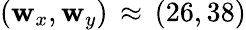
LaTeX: (\mathbf{w}_{x},\mathbf{w}_{y})\, \approx\, (26,38)